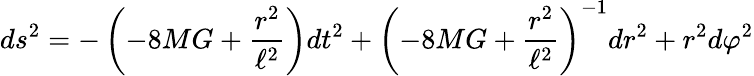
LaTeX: ds^{2}=-\left(-8MG+\frac{r^{2}}{\ell^{2}}\right)dt^{2}+\left(-8MG+\frac{r^{2}}{\ell^{2}}\right)^{-1}dr^{2}+r^{2}d\varphi^{2}